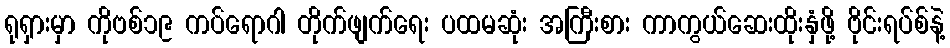
ရုရှားမှာ ကိုဗစ်၁၉ ကပ်ရောဂါ တိုက်ဖျက်ရေး ပထမဆုံး အကြီးစား ကာကွယ်ဆေးထိုးနှံဖို့ ဗိုင်းရပ်စ်နဲ့